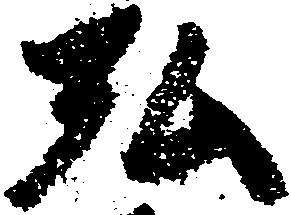
弘